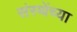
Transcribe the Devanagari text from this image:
संस्थेंच्या